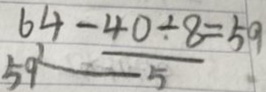
6 4 - \frac { 4 0 \div 8 } { 5 } = 5 9